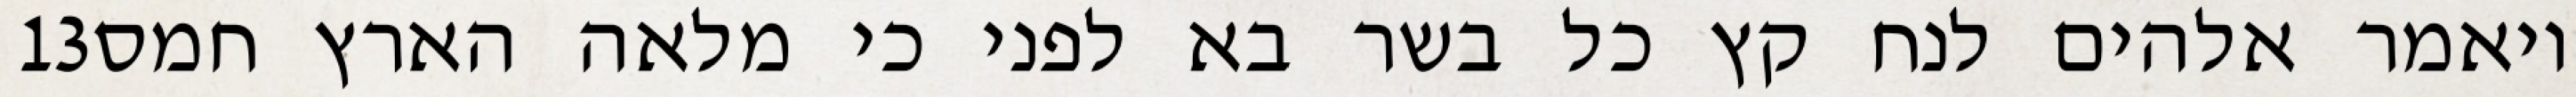
‎13‏ ויאמר אלהים לנח קץ כל בשר בא לפני כי מלאה הארץ חמס